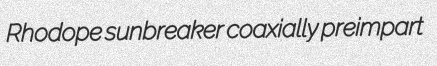
Rhodope sunbreaker coaxially preimpart